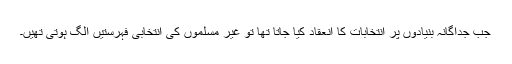
جب جداگانہ بنیادوں پر انتخابات کا انعقاد کیا جاتا تھا تو غیر مسلموں کی انتخابی فہرستیں الگ ہوتی تھیں۔